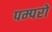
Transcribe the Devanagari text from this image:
पम्परों